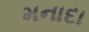
મનાદા